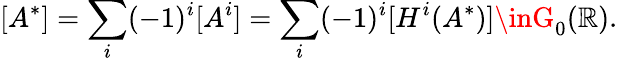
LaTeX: [A^{*}]=\sum_{i}(-1)^{i}[A^{i}]=\sum_{i}(-1)^{i}[H^{i}(A^{*})]\inG_{0}(\mathbb{R}).